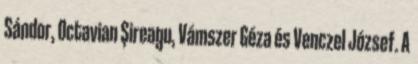
Sándor, Octavian Șireagu, Vámszer Géza és Venczel József. A